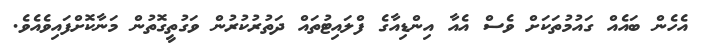
އެހެން ބައެއް ގައުމުތަކަށް ވެސް އެއާ އިންޑިއާގެ ފްލައިޓުތައް ދަތުރުކުރުން ވަގުތީގޮތުން މަނާކޮށްފައިވެއެވެ.